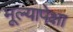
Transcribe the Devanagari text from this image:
मूल्यापेक्षा